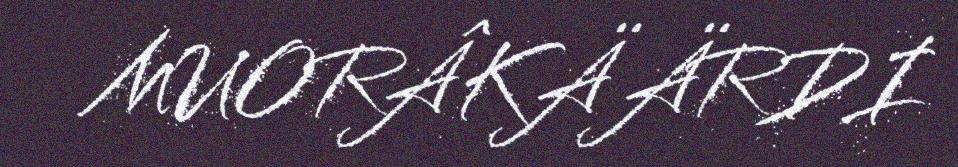
MUORÂKÄÄRDI